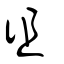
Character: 徂